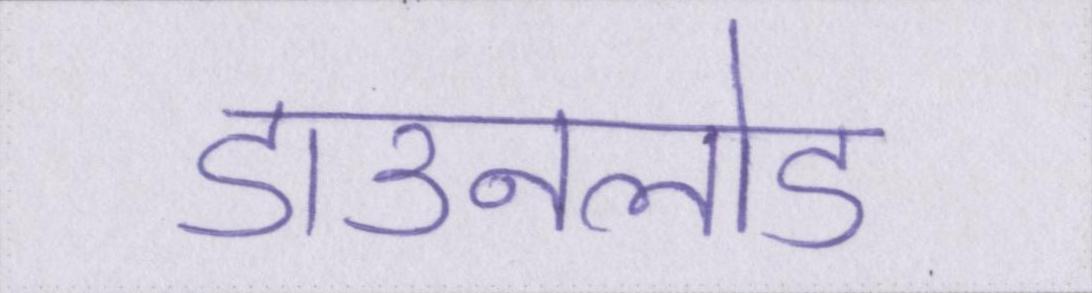
डाउनलोड